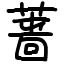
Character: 蔷